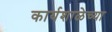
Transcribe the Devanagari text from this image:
कार्यशाळेच्या